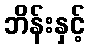
ဘိန်းနှင့်